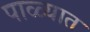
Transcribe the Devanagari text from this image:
पाळ्यात